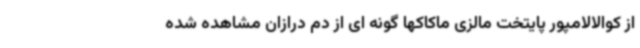
از کوالالامپور پایتخت مالزی ماکاکها گونه ای از دم درازان مشاهده شده